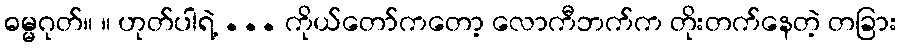
ဓမ္မဂုတ်။ ။ ဟုတ်ပါရဲ့ ... ကိုယ်တော်ကတော့ လောကီဘက်က တိုးတက်နေတဲ့ တခြား